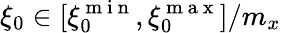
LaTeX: \xi_{0}\in[\xi_{0}^{\mathrm{~m~i~n~}},\xi_{0}^{\mathrm{~m~a~x~}}]/m_{x}